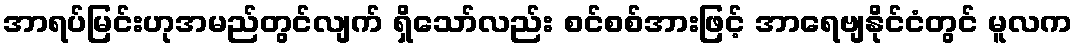
အာရပ်မြင်းဟုအမည်တွင်လျက် ရှိသော်လည်း စင်စစ်အားဖြင့် အာရေဗျနိုင်ငံတွင် မူလက